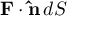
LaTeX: \mathbf { F } \cdot \mathbf { \hat { n } } \, d S